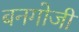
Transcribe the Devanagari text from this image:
बनगोजी